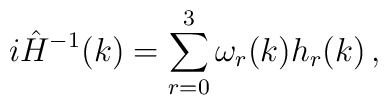
i \hat H^{-1}(k) = \sum_{r=0}^3 \omega_r(k) h_r(k) \, ,